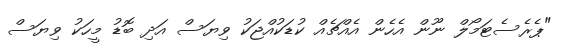
"ޕެރެސެޓަމޯލް ނޫން އެހެން އެއްޗެއް ކުޑަކުއްޖަކު ވިޔަސް އަދި ބޮޑު މީހަކު ވިޔަސް